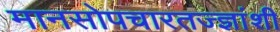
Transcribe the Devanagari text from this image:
मानसोपचारतज्ज्ञांशी